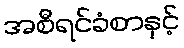
အစီရင်ခံစာနှင့်